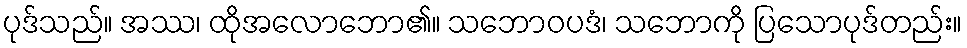
ပုဒ်သည်။ အဿ၊ ထိုအလောဘော၏။ သဘောဝပဒံ၊ သဘောကို ပြသောပုဒ်တည်း။